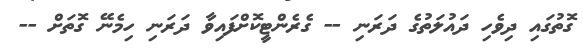
ގޮތުގައި ދިވެހި ދައުލަތުގެ ދަރަނި -- ގެރެންޓީކޮށްފައިވާ ދަރަނި ހިމެނޭ ގޮތަށް --